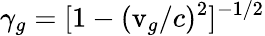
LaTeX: \gamma_{g}=[1-(\mathrm{v}_{g}/c)^{2}]^{-1/2}